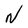
Character: N